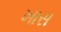
ખાસ